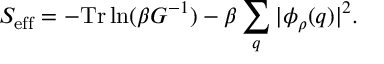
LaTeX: S _ { \mathrm { e f f } } = - \mathrm { T r } \ln ( \beta G ^ { - 1 } ) - \beta \sum _ { q } | \phi _ { \rho } ( q ) | ^ { 2 } .